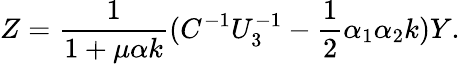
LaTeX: Z={\frac{1}{1+\mu\alpha k}}(C^{-1}U_{3}^{-1}-{\frac{1}{2}}\alpha_{1}\alpha_{2}k)Y.